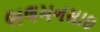
ભલમનસાઇ